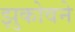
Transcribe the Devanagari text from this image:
झुकोवने